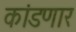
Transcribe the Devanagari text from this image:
कांडणार